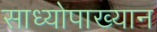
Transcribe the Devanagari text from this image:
साध्योपाख्यान